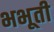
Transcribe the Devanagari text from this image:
भभूती